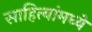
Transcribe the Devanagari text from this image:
साहित्यांमध्ये